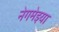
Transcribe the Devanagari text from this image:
नेगमेइया